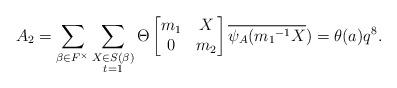
LaTeX: \begin{align*} A_2=\displaystyle \sum_{\beta \in F^{\times}} \sum_{\substack{X\in S(\beta) \\ t=1 }}\Theta \begin{bmatrix} m_1 & X\\0 & m_2\end{bmatrix}\overline{\psi_A({m_1}^{-1}X})=\theta(a)q^8.\end{align*}